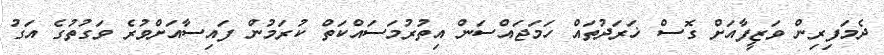
ދެމަފިރިން ވަޒީފާއަށް ގޮސް ޚަރަދުތައް ހަމަޖައްސަން އިތުރުމަސައްކަތް ކުރަމުން ފައިސާއަށްވުރެ ވަގުތުގެ އަގު